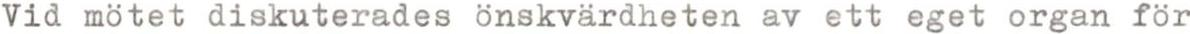
Vid mötet diskuterades önskvärdheten av ett eget organ för